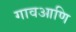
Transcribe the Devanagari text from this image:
गावआणि